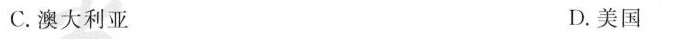
C.澳大利亚 D.美国